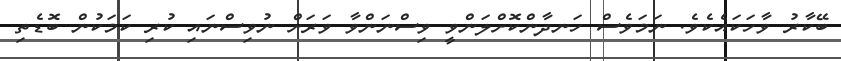
ބޭކާރު ވާހަކައެކެވެ. ނަމަވެސް ހަނދާންކޮށްލަންވީ ވިސްނަންވާ ވަރަށް ނުވިސްނައި ކުރި ކަމަކުން ބޮޑެތި